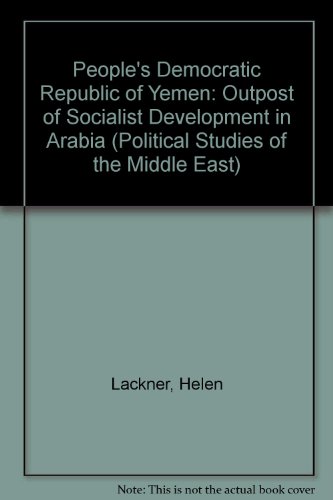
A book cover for P.D.R. Yemen: Outpost of Socialist Development in Arabia (Political Science of the Middle East); Helen Lackner; History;